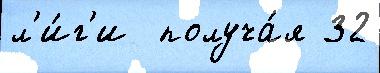
л'и́г'и  получа́я 32